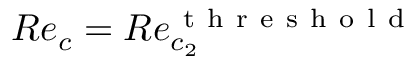
R e _ { c } = R e _ { c _ { 2 } } ^ { \mathrm { ~ t ~ h ~ r ~ e ~ s ~ h ~ o ~ l ~ d ~ } }